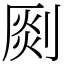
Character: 㓹